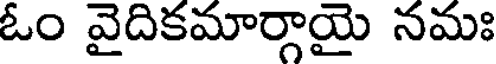
ఓం వైదికమార్గాయై నమః